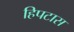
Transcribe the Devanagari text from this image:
हिपटास